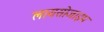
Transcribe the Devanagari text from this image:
लायसोजाइम